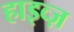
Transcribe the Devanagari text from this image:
हाइव्ज़